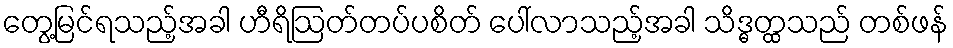
တွေ့မြင်ရသည့်အခါ ဟီရိဩတ်တပ်ပစိတ် ပေါ်လာသည့်အခါ သိဒ္ဓတ္ထသည် တစ်ဖန်